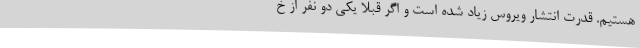
هستیم. قدرت انتشار ویروس زیاد شده است و اگر قبلاً یکی دو نفر از خ